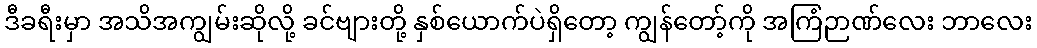
ဒီခရီးမှာ အသိအကျွမ်းဆိုလို့ ခင်ဗျားတို့ နှစ်ယောက်ပဲရှိတော့ ကျွန်တော့်ကို အကြံဉာဏ်လေး ဘာလေး